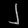
Digit: ၂